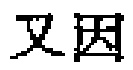
\(\mathbb{X}\) \(\mathbb{Z}\)